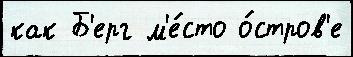
как Б'ерг м'е́сто о́стров'е